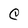
Character: C